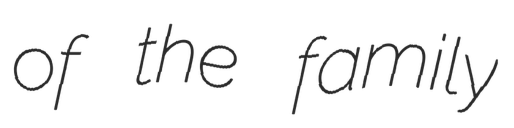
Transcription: of the family